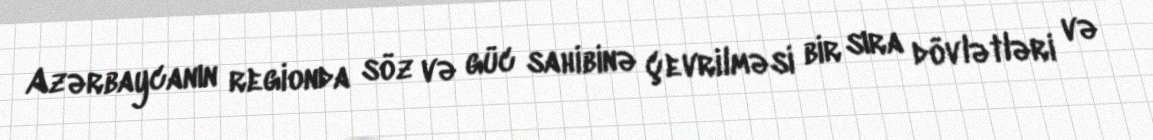
Azərbaycanın regionda söz və güc sahibinə çevrilməsi bir sıra dövlətləri və